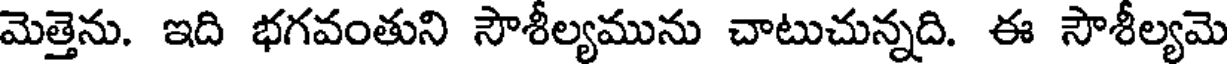
మెత్తెను. ఇది భగవంతుని సౌశీల్యమును చాటుచున్నది. ఈ సౌశీల్యమె